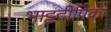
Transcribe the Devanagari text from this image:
भाट्टदीपिका